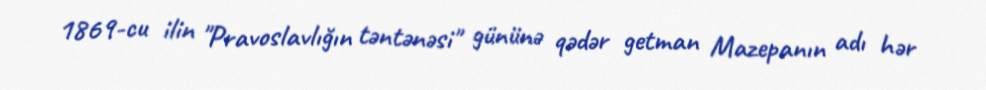
1869-cu ilin "Pravoslavlığın təntənəsi" gününə qədər getman Mazepanın adı hər